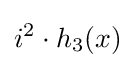
i^{2}\cdot h_{3}(x)